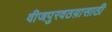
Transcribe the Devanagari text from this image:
वीजपुरवठय़ासाठी